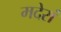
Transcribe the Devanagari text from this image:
मदेरां